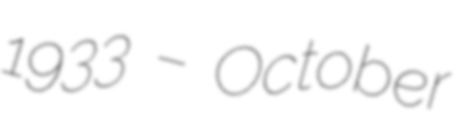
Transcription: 1933 – October